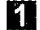
1